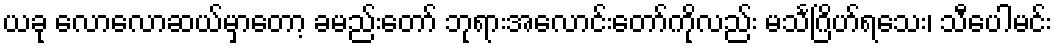
ယခု လောလောဆယ်မှာတော့ ခမည်းတော် ဘုရားအလောင်းတော်ကိုလည်း မသင်္ဂြိဟ်ရသေး၊ သီပေါမင်း